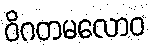
ဝိဂတမလောဝ